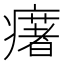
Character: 𤻔